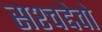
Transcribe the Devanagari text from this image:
सश्चद्देवो